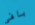
بافى